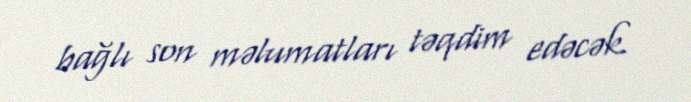
bağlı son məlumatları təqdim edəcək.